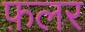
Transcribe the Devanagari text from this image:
फ़लर